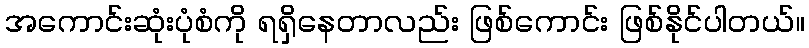
အကောင်းဆုံးပုံစံကို ရရှိနေတာလည်း ဖြစ်ကောင်း ဖြစ်နိုင်ပါတယ်။